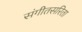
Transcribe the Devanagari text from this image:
संगीतसरिता